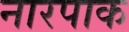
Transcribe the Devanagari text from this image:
नारपाक